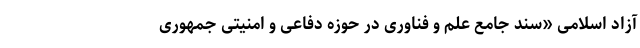
آزاد اسلامی «سند جامع علم و فناوری در حوزه دفاعی و امنیتی جمهوری